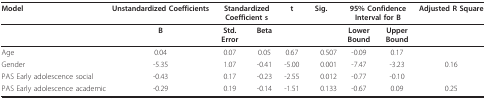
| Model | Unstandardized Coefficients | <COLSPAN=2> Standardized Coefficient s | t | Sig. | <COLSPAN=2> 95% Confidence Interval for B | Adjusted R Square |
 | --- | --- | --- | --- | --- | --- | --- | --- | --- |
 |  | B | Std.Error | Beta |  |  | LowerBound | UpperBound |  |
 | Age | 0.04 | 0.07 | 0.05 | 0.67 | 0.507 | -0.09 | 0.17 |  |
 | Gender | -5.35 | 1.07 | -0.41 | -5.00 | 0.001 | -7.47 | -3.23 | 0.16 |
 | PAS Early adolescence social | -0.43 | 0.17 | -0.23 | -2.55 | 0.012 | -0.77 | -0.10 |  |
 | PAS Early adolescence academic | -0.29 | 0.19 | -0.14 | -1.51 | 0.133 | -0.67 | 0.09 | 0.25 |